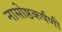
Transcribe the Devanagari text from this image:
नासोष्ठकर्षणी